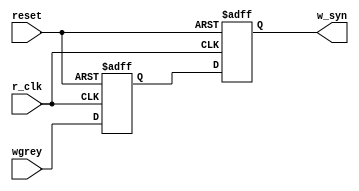
module Wsyn#(parameter WIDTH = 32,
parameter ADDRBITS= 4)
(
   input r_clk,
   input reset,
   input [ADDRBITS:0] wgrey,
   output reg [ADDRBITS:0] w_syn
);
  
 reg [ADDRBITS:0] sync_flop1;
  
  always @(posedge r_clk or negedge reset)
    begin
      if(!reset)
        begin
          sync_flop1 <= 5'b0;
          w_syn <= 5'b0;
        end
      else begin
          sync_flop1 <= wgrey;
          w_syn <= sync_flop1;
      end
    end

endmodule